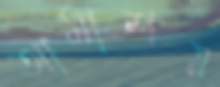
আমাশয়